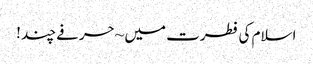
اسلام کی فطرت میں ~ حرفے چند !